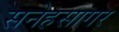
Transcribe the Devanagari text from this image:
सनेहसागर